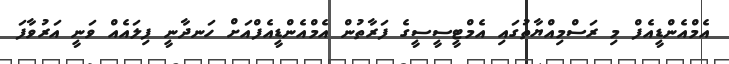
އެމްއެންޑީއެފް މި ރަސްމިއްޔާތުގައި އެމްޓީސީސީގެ ފަރާތުން އެމްއެންޑީއެފްއަށް ހަނދާނީ ފިލައެއް ވަނީ އަރުވާފަ